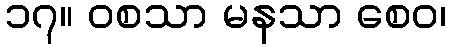
၁၇။ ဝစသာ မနသာ စေဝ၊